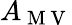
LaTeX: A_{\mathrm{~M~V~}}